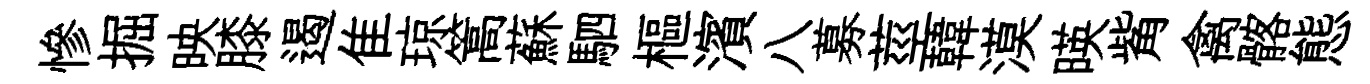
慘掘映膝遏隹琼篙蘇駟樞濱八募莖韓漠暎觜禽髂態